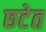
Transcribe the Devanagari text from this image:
छटेत